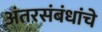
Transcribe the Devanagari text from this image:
अंतरसंबंधांचे